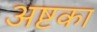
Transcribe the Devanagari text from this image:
अष्टका